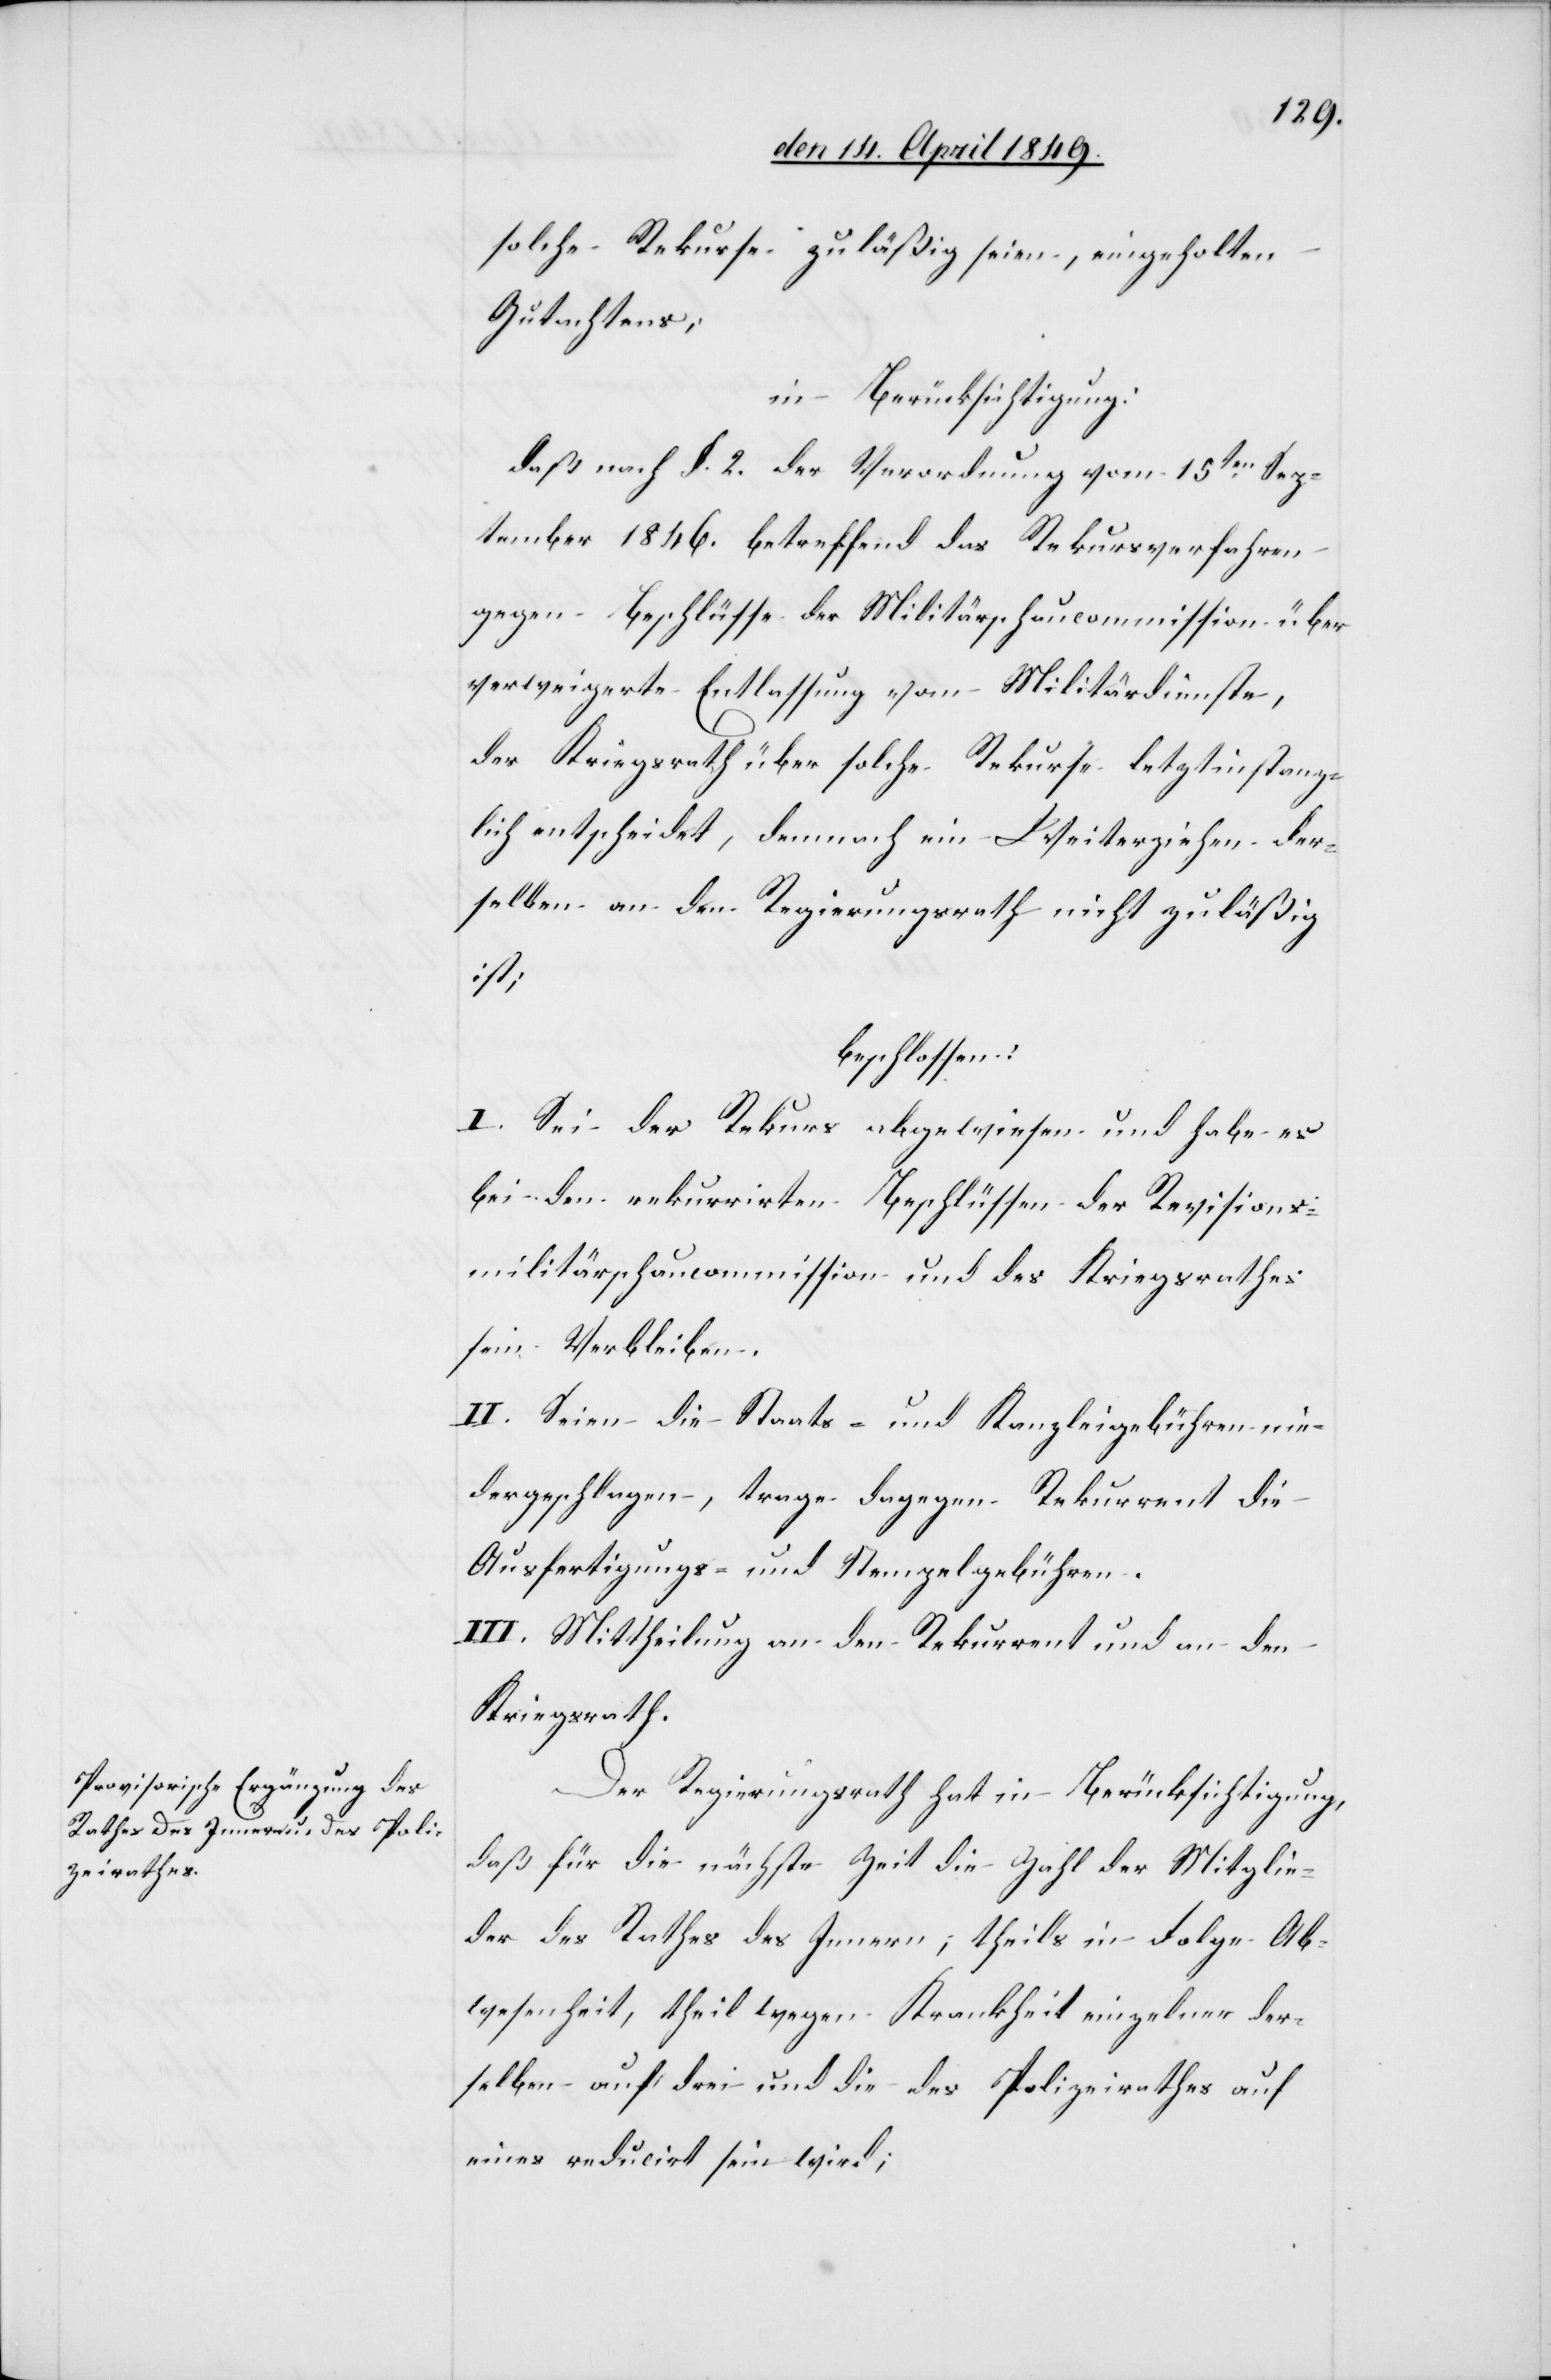
solche Rekurse zuläßig seien, eingeholten
Gutachtens;
in Berücksichtigung:
daß nach §. 2. der Verordnung vom 15ten Sep¬
tember 1846. betreffend das Rekursverfahren
gegen Beschlüsse der Militärschaucommission über
verweigerte Entlassung vom Militärdienste,
der Kriegsrath über solche Rekurse letztinstanz¬
lich entscheidet, demnach ein Weiterziehen der¬
selben an den Regierungsrath nicht zuläßig
ist;
beschlossen:
I. Sei der Rekurs abgewiesen und habe es
bei den rekurrirten Beschlüssen der Revisions¬
militärschaucommission und des Kriegsrathes
sein Verbleiben.
II. Seien die Staats- und Kanzleigebühren nie¬
dergeschlagen, trage dagegen Rekurrent die
Ausfertigungs- und Stempelgebühren.
III. Mittheilung an den Rekurrent und an den
Kriegsrath.
Der Regierungsrath hat in Berücksichtigung,
daß für die nächste Zeit die Zahl der Mitglie¬
der des Rathes des Innern; theils in Folge Ab¬
wesenheit, theil[s] wegen Krankheit einzelner der¬
selben auf drei und die des Polizeirathes auf
eines reducirt sein wird;